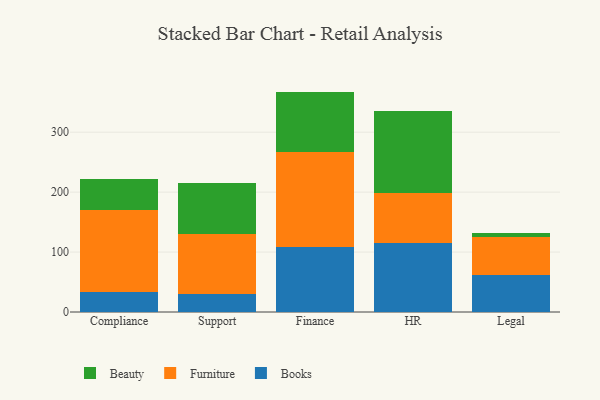
{"axis": {"x": "Department", "y": "Budget (USD K)"}, "legend": ["Beauty", "Books", "Furniture"], "data": [{"x": "Compliance", "y": 34.1, "type": "Books"}, {"x": "Compliance", "y": 135.9, "type": "Furniture"}, {"x": "Compliance", "y": 51.4, "type": "Beauty"}, {"x": "Support", "y": 29.7, "type": "Books"}, {"x": "Support", "y": 100.5, "type": "Furniture"}, {"x": "Support", "y": 85.4, "type": "Beauty"}, {"x": "Finance", "y": 107.7, "type": "Books"}, {"x": "Finance", "y": 159.7, "type": "Furniture"}, {"x": "Finance", "y": 100.3, "type": "Beauty"}, {"x": "HR", "y": 114.9, "type": "Books"}, {"x": "HR", "y": 84.3, "type": "Furniture"}, {"x": "HR", "y": 136.7, "type": "Beauty"}, {"x": "Legal", "y": 62.1, "type": "Books"}, {"x": "Legal", "y": 62.6, "type": "Furniture"}, {"x": "Legal", "y": 7.3, "type": "Beauty"}]}